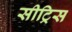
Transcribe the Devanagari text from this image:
सीट्रिस